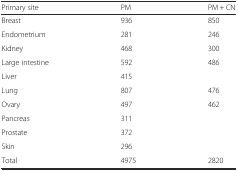
| Primary site | PM | PM + CN |
 | --- | --- | --- |
 | Breast | 936 | 850 |
 | Endometrium | 281 | 246 |
 | Kidney | 468 | 300 |
 | Large intestine | 592 | 486 |
 | Liver | 415 |  |
 | Lung | 807 | 476 |
 | Ovary | 497 | 462 |
 | Pancreas | 311 |  |
 | Prostate | 372 |  |
 | Skin | 296 |  |
 | Total | 4975 | 2820 |